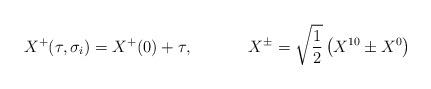
LaTeX: \begin{align*}X^{+}(\tau ,\sigma _{i})=X^{+}(0)+\tau,\,\,\,\,\,\,\,\,\,\,\,\,\,\,\,\,\,\,\,\,X^{\pm }=\sqrt{\frac{1}{2}}\left(X^{10}\pm X^{0}\right) \end{align*}